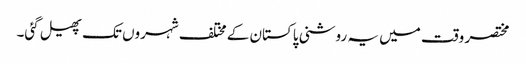
مختصر وقت میں یہ روشنی پاکستان کے مختلف شہروں تک پھیل گئی۔